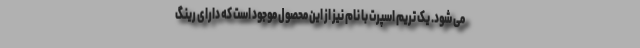
می شود. یک تریم اسپرت با نام نیز از این محصول موجود است که دارای رینگ